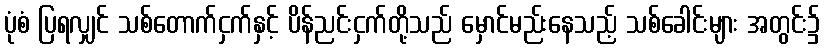
ပုံစံ ပြရလျှင် သစ်တောက်ငှက်နှင့် ပိန်ညင်းငှက်တို့သည် မှောင်မည်းနေသည့် သစ်ခေါင်းများ အတွင်း၌